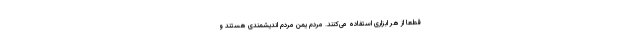
قطعا از هر ابزاری استفاده می‌کنند. مردم یمن مردم اندیشمندی هستند و